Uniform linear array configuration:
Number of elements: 48
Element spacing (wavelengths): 1
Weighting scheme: kaiser
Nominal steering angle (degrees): -60
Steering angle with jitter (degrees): -59.053
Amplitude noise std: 0.05
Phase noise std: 0.05

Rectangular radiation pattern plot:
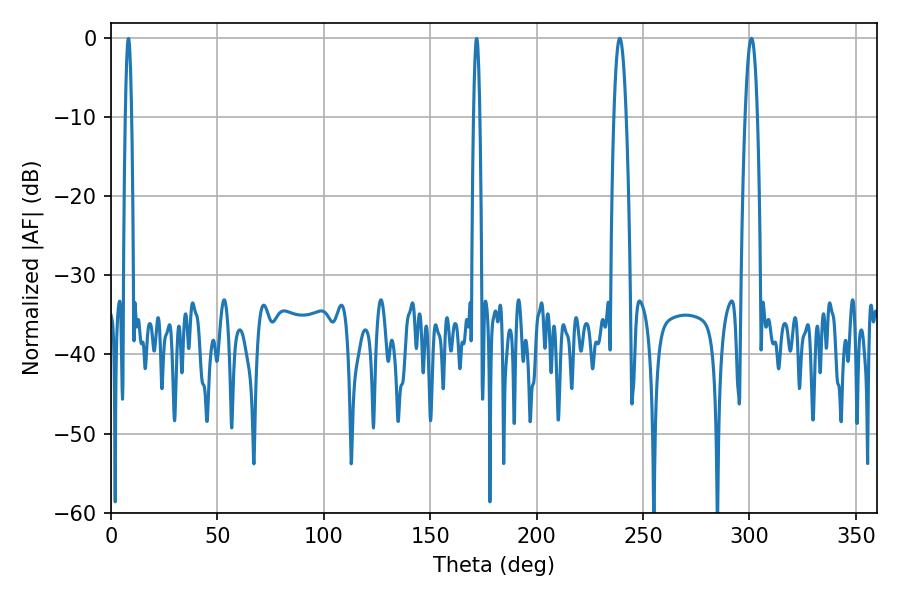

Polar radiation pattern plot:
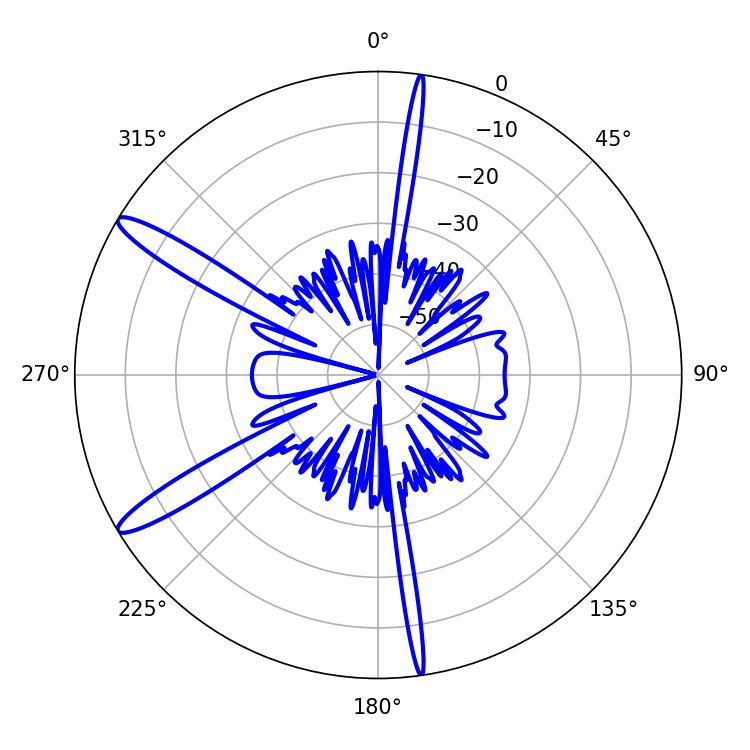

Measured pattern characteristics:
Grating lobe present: TRUE
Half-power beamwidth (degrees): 3.06
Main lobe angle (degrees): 300.96